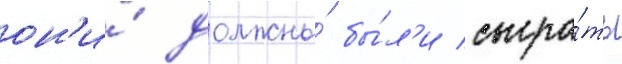
он'и́ должны́ бы́л'и сыгра́ть